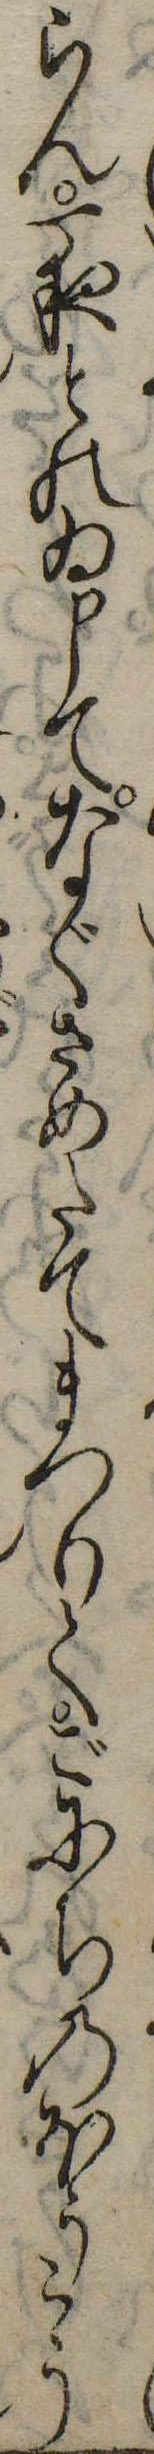
らん一夜とのゐ申てなぐさめたてまつりてごにちのほうこう